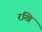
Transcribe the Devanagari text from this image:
रखि